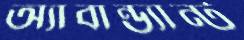
অ্যাবান্ড্যান্ট